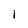
Character: 1